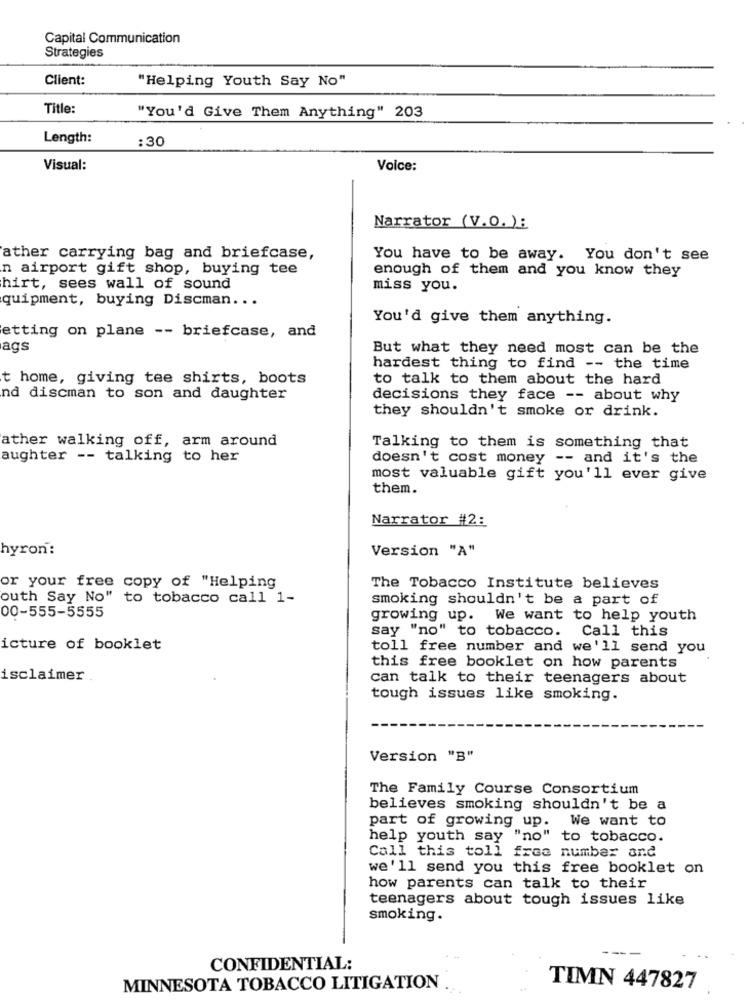
Capital Communication
Strategies
Client:
"Helping Youth Say No"
Title:
"You'd Give Them Anything" 203
Length:
:30
Visual:
Voice:
Narrator (V.O.):
ather carrying bag and briefcase,
You have to be away. You don't see
n airport gift shop, buying tee
enough of them and you know they
hirt, sees wall of sound
miss you.
quipment, buying Discman ...
You'd give them anything.
etting on plane -- briefcase, and
ags
But what they need most can be the
hardest thing to find -- the time
t home, giving tee shirts, boots
to talk to them about the hard
nd discman to son and daughter
decisions they face -- about why
they shouldn't smoke or drink.
ather walking off, arm around
Talking to them is something that
aughter -- talking to her
doesn't cost money -- and it's the
most valuable gift you'll ever give
them.
Narrator #2:
hyron:
Version "A"
or your free copy of "Helping
The Tobacco Institute believes
outh Say No" to tobacco call 1-
smoking shouldn't be a part of
00-555-5555
growing up. We want to help youth
say "no" to tobacco. Call this
icture of booklet
toll free number and we'll send you
this free booklet on how parents
isclaimer
can talk to their teenagers about
tough issues like smoking.
Version "B"
The Family Course Consortium
believes smoking shouldn't be a
part of growing up. We want to
help youth say "no" to tobacco.
Call this toll free number and
we'll send you this free booklet on
how parents can talk to their
teenagers about tough issues like
smoking.
CONFIDENTIAL:
MINNESOTA TOBACCO LITIGATION
TIMN 447827